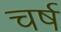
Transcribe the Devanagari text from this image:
चर्ष